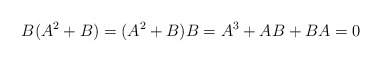
\begin{align*}B(A^2+B)=(A^2+B)B=A^3+AB+BA=0\end{align*}